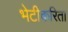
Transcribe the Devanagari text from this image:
भेटीकरिता